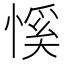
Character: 慀